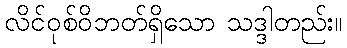
လိင်ဝုစ်ဝိဘတ်ရှိသော သဒ္ဒါတည်း။